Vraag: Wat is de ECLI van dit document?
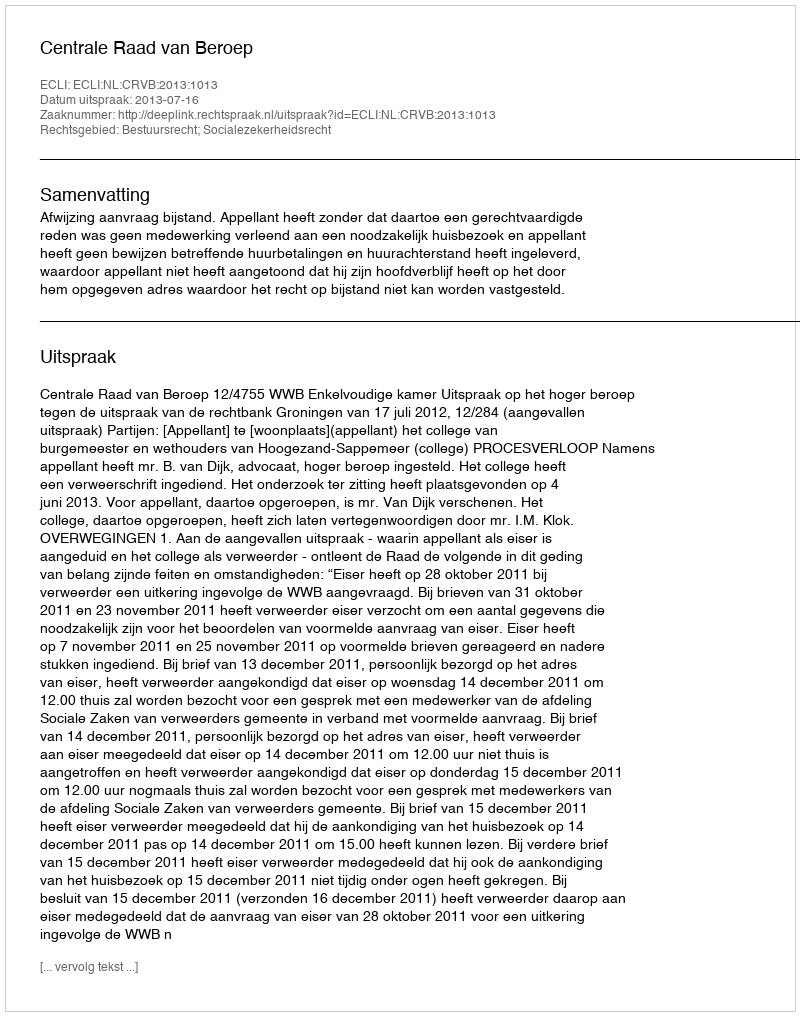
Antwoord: ECLI:NL:CRVB:2013:1013